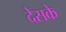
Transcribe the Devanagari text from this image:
देसके